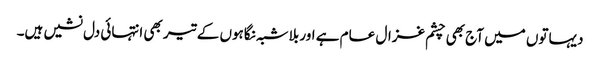
دیہاتوں میں آج بھی چشم غزال عام ہے اور بلاشبہ نگاہوں کے تیر بھی انتہائی دل نشیں ہیں۔